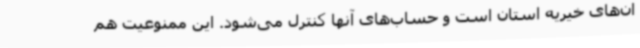
ان‌های خیریه استان است و حساب‌های آنها کنترل می‌شود. این ممنوعیت هم